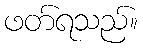
ဖတ်ရသည်။